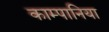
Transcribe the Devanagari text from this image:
काम्पानिया